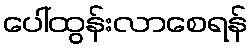
ပေါ်ထွန်းလာစေရန်